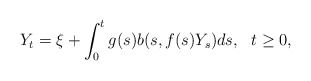
\begin{align*}Y_{t}=\xi +\int_{0}^{t}g(s)b(s,f(s)Y_{s})ds,\ \ t\geq 0, \end{align*}